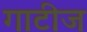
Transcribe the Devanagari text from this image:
गाटीज